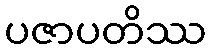
ပဇာပတိဿ